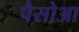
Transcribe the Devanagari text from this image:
पैसोआ